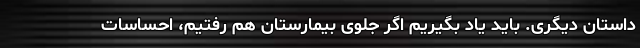
داستان دیگری. باید یاد بگیریم اگر جلوی بیمارستان هم رفتیم، احساسات